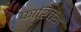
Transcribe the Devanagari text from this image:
फाश्चिंग